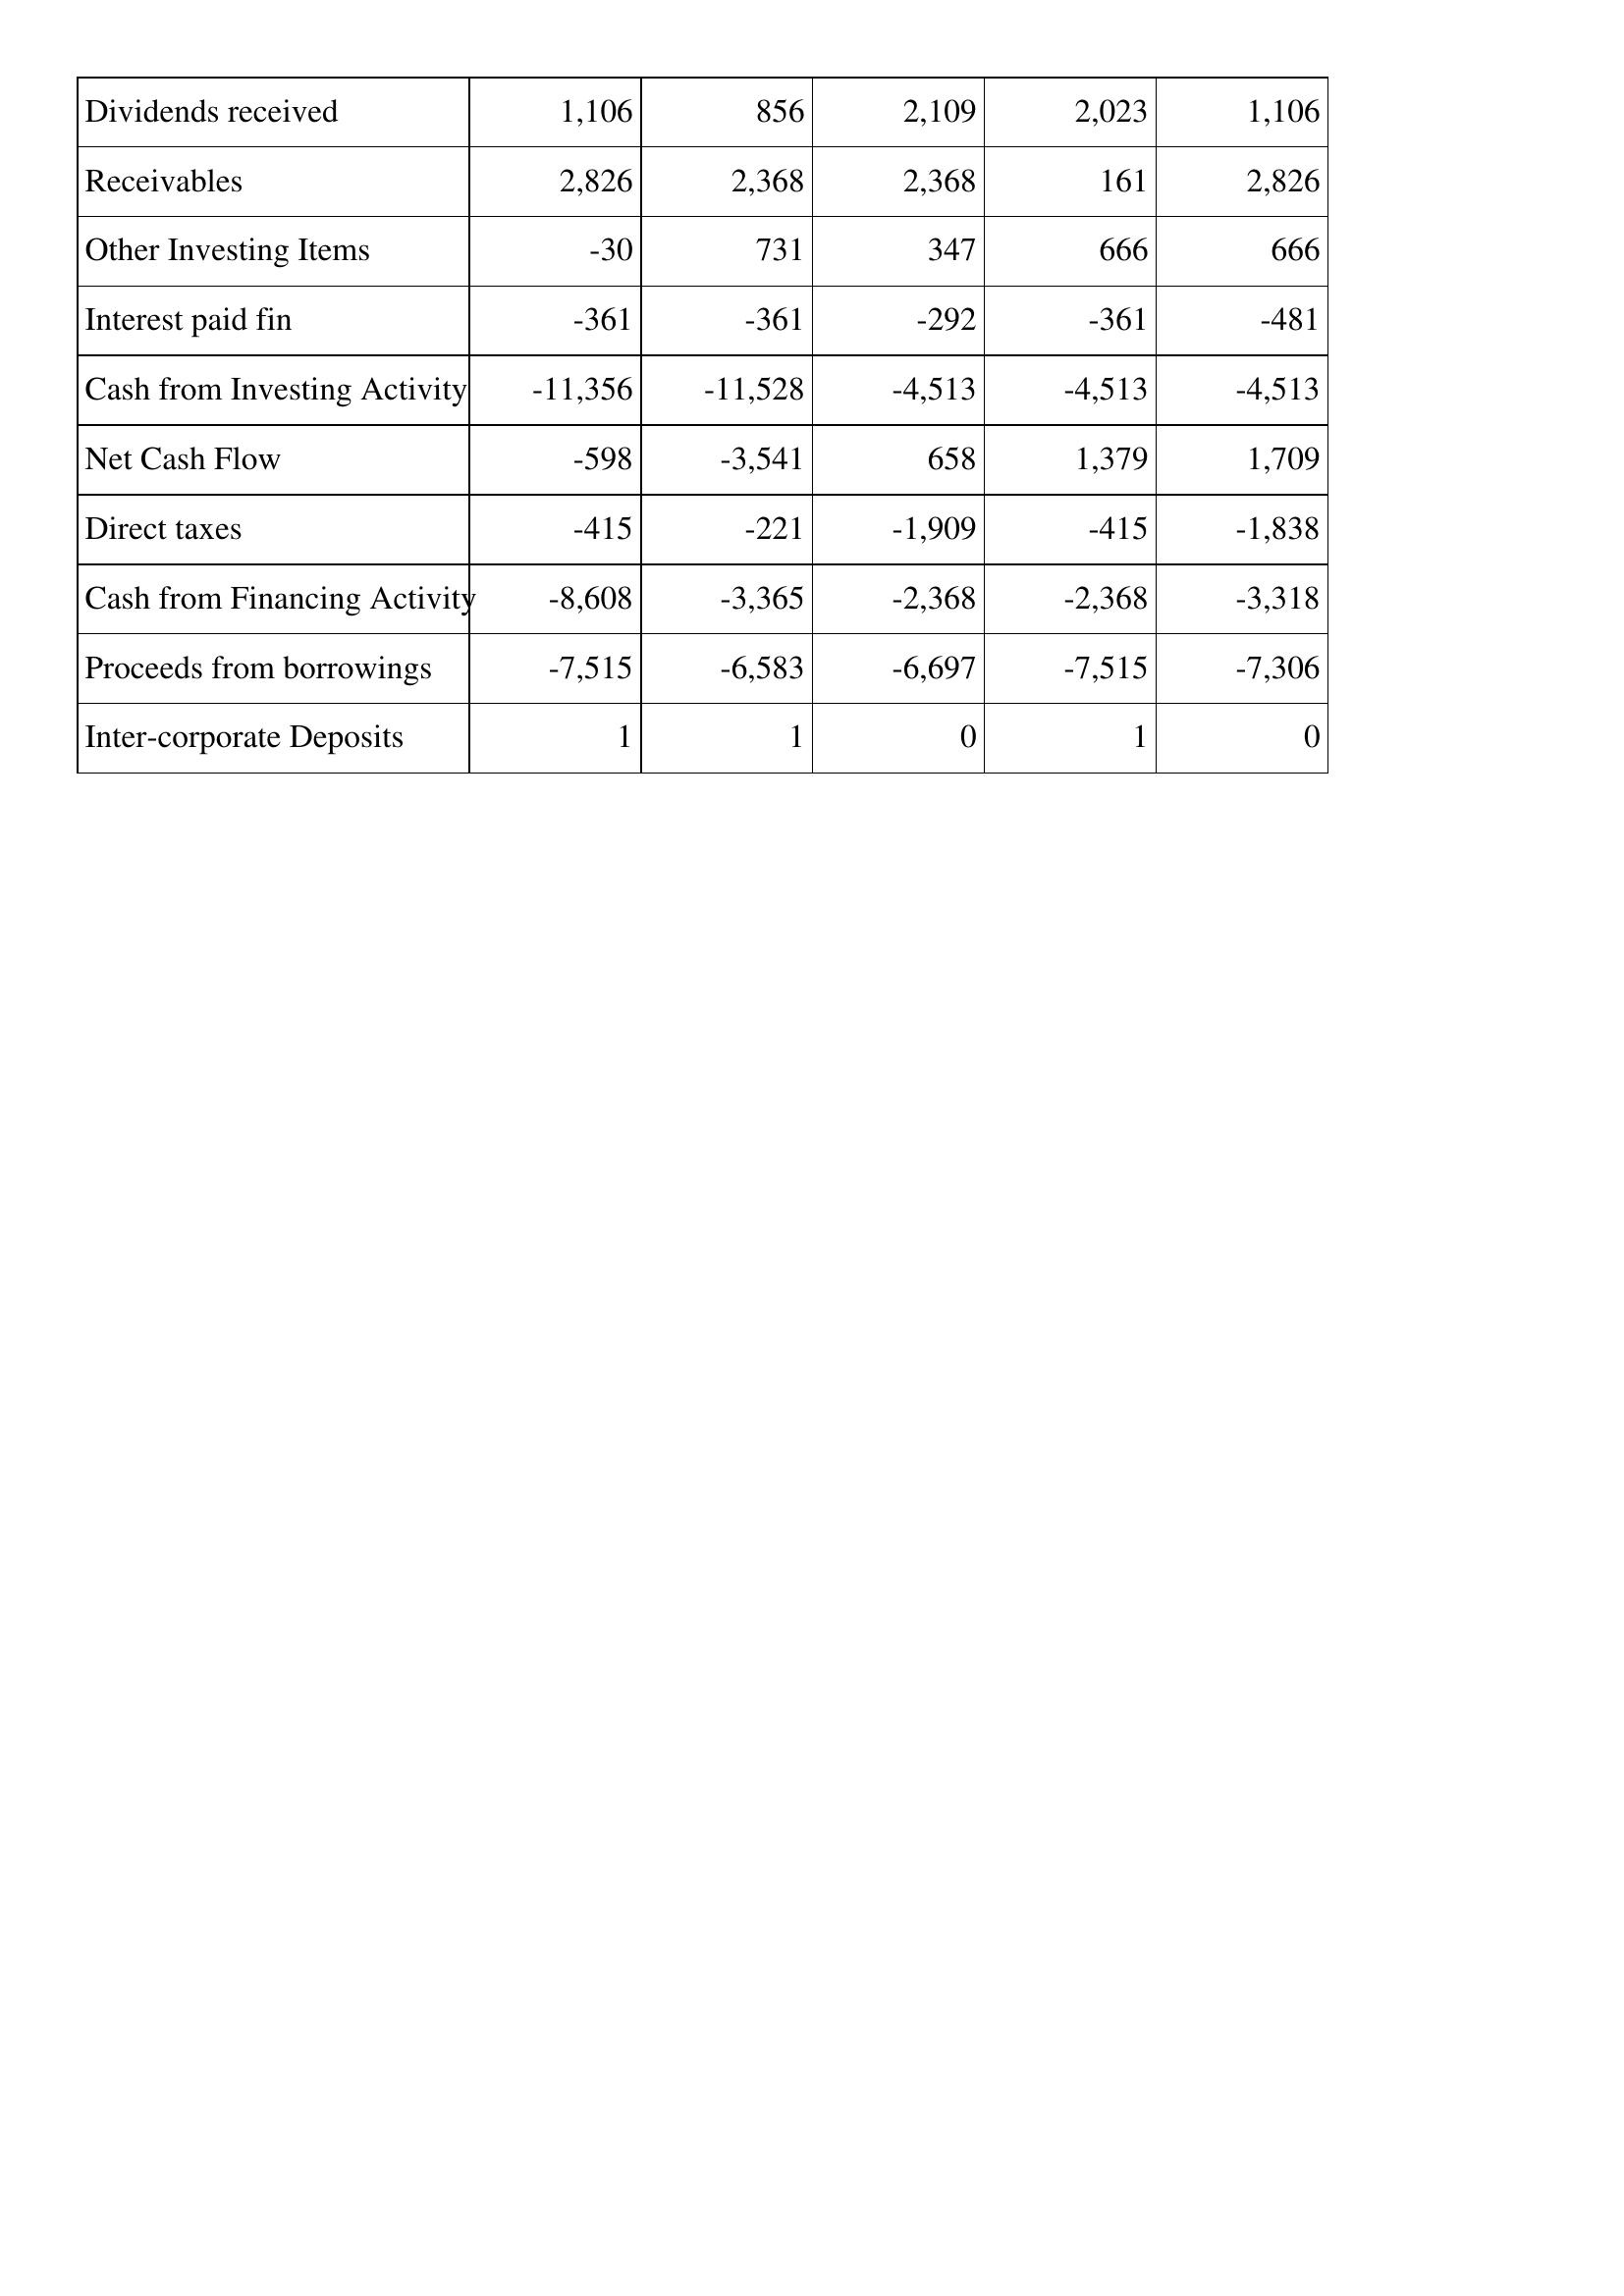
May-07: Cash Flows: Dividends received: 1,106
Receivables: 2,826
Other Investing Items: -30
Interest paid fin: -361
Cash from Investing Activity: -11,356
Net Cash Flow: -598
Direct taxes: -415
Cash from Financing Activity: -8,608
Proceeds from borrowings: -7,515
Inter-corporate Deposits: 1
May-06: Cash Flows: Dividends received: 856
Receivables: 2,368
Other Investing Items: 731
Interest paid fin: -361
Cash from Investing Activity: -11,528
Net Cash Flow: -3,541
Direct taxes: -221
Cash from Financing Activity: -3,365
Proceeds from borrowings: -6,583
Inter-corporate Deposits: 1
May-05: Cash Flows: Dividends received: 2,109
Receivables: 2,368
Other Investing Items: 347
Interest paid fin: -292
Cash from Investing Activity: -4,513
Net Cash Flow: 658
Direct taxes: -1,909
Cash from Financing Activity: -2,368
Proceeds from borrowings: -6,697
Inter-corporate Deposits: 0
May-04: Cash Flows: Dividends received: 2,023
Receivables: 161
Other Investing Items: 666
Interest paid fin: -361
Cash from Investing Activity: -4,513
Net Cash Flow: 1,379
Direct taxes: -415
Cash from Financing Activity: -2,368
Proceeds from borrowings: -7,515
Inter-corporate Deposits: 1
May-03: Cash Flows: Dividends received: 1,106
Receivables: 2,826
Other Investing Items: 666
Interest paid fin: -481
Cash from Investing Activity: -4,513
Net Cash Flow: 1,709
Direct taxes: -1,838
Cash from Financing Activity: -3,318
Proceeds from borrowings: -7,306
Inter-corporate Deposits: 0